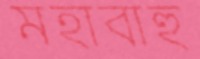
মহাবাহু